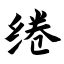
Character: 绻